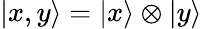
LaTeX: |x,y\rangle=|x\rangle\otimes|y\rangle